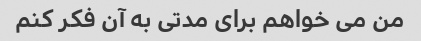
من می خواهم برای مدتی به آن فکر کنم